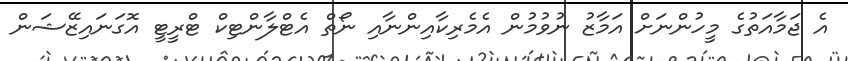
އެ ޖަމާއަތުގެ މީހުންނަށް އަމާޒު ނުވުމުން އެމެރިކާއިންނާއި ނޯތް އެޓްލާންޓިކް ޓްރީޓީ އޮގަނައިޒޭޝަން